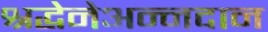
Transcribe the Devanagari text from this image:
श्रद्धेनेअन्नदान